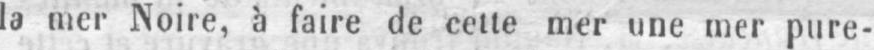
la mer Noire, à faire de cette mer une mer pure-